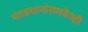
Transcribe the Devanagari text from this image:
पंतप्रधानांसमवेतही